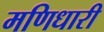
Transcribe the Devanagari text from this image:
मणिधारी